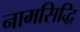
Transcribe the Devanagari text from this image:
नामसिद्धि